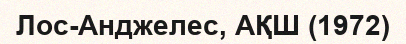
Лос-Анджелес, АҚШ (1972)